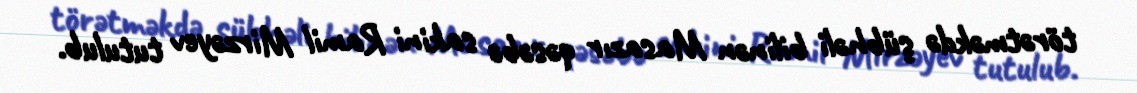
törətməkdə şübhəli bilinən Masazır qəsəbə sakini Ramil Mirzəyev tutulub.